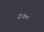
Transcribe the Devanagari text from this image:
कवाट